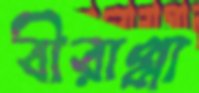
বীরাপ্পা